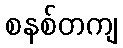
စနစ်တကျ